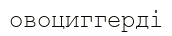
овоциггерді